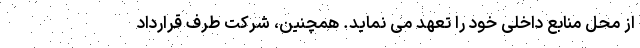
از محل منابع داخلی خود را تعهد می نماید. همچنین، شرکت طرف قرارداد